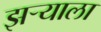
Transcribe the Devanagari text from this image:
झऱ्याला